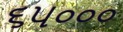
૬૫૦૦૦